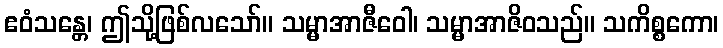
ဧဝံသန္တေ၊ ဤသို့ဖြစ်လသော်။ သမ္မာအာဇီဝေါ၊ သမ္မာအာဇိဝသည်။ သကိစ္စကော၊